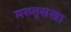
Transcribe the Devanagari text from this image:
मरुत्‌सखा